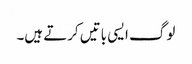
لوگ ایسی باتیں کرتے ہیں۔